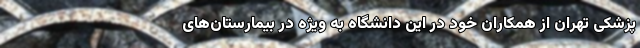
پزشکی تهران از همکاران خود در این دانشگاه به ویژه در بیمارستان‌های